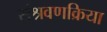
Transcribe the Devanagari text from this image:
संश्रवणक्रिया